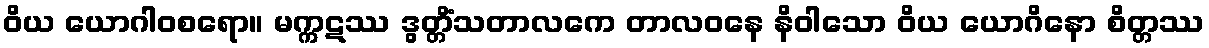
ဝိယ ယောဂါဝစရော။ မက္ကဋဿ ဒွတ္တိံသတာလကေ တာလဝနေ နိဝါသော ဝိယ ယောဂိနော စိတ္တဿ